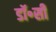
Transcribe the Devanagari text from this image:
डॉ॰सी